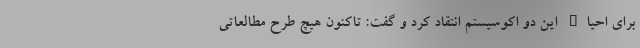
برای احیاء این دو اکوسیستم انتقاد کرد و گفت: تاکنون هیچ طرح مطالعاتی